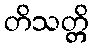
တိသတ္တိ